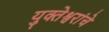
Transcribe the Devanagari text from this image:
युक्तेश्वरांचे